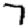
Digit: 7